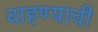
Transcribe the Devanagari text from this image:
वाहण्‍याची